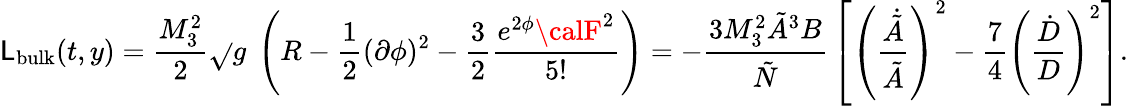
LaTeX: {\cal\mathsf{L}}_{\mathrm{{bulk}}}(t,y)={\frac{{M_{3}^{2}}}{{2}}}\sqrt{}{g}\ \left(R-\frac{{1}}{{2}}(\partial\phi)^{2}-{\frac{{3}}{{2}}}\frac{{e^{2\phi}{\calF}^{2}}}{{5!}}\right)=-{\frac{{3M_{3}^{2}\tilde{{A}}^{3}B}}{{\tilde{{N}}}}}\left[\left({\frac{{\dot{{\tilde{{A}}}}}}{{\tilde{{A}}}}}\right)^{2}-{\frac{{7}}{{4}}}\left({\frac{{\dot{{D}}}}{{D}}}\right)^{2}\right].